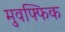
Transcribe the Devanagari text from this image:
मुवफ्फिक